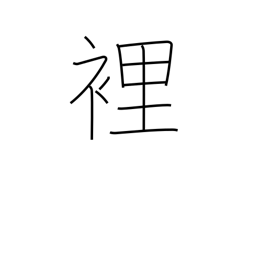
Meaning: palm